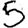
Digit: 5